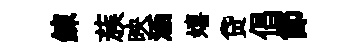
錬蔟映涵嬉贷倡節